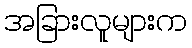
အခြားလူများက